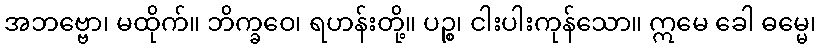
အဘဗ္ဗော၊ မထိုက်။ ဘိက္ခဝေ၊ ရဟန်းတို့။ ပဉ္စ၊ ငါးပါးကုန်သော။ ဣမေ ခေါ ဓမ္မေ၊